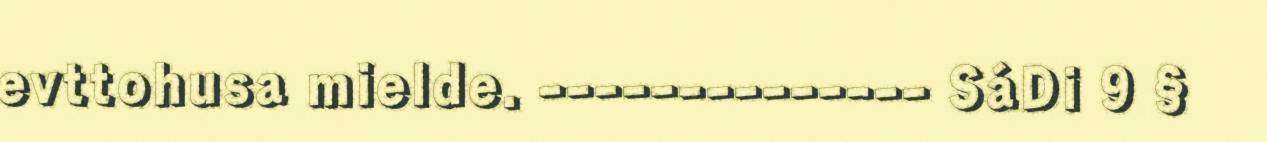
evttohusa mielde. -------------- SáDi 9 §